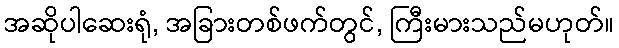
အဆိုပါဆေးရုံ, အခြားတစ်ဖက်တွင်, ကြီးမားသည်မဟုတ်။